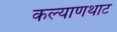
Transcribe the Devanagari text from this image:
कल्याणथाट